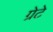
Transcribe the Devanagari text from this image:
ग्रेटे